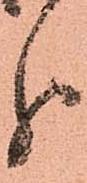
分